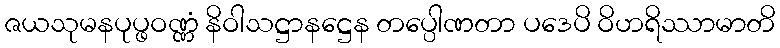
ဇယသုမနပုပ္ဖဝဏ္ဏံ နိဝါသဋ္ဌာနဋ္ဌေန တပ္ပေါဏတာ ပဒေပိ ဝိဟရိဿာမာတိ